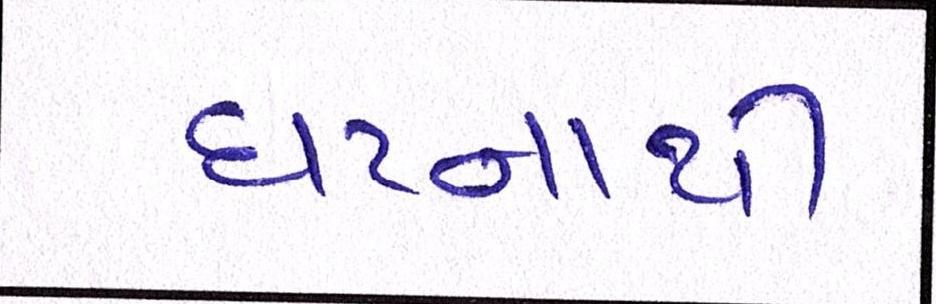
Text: ઘટનાથી